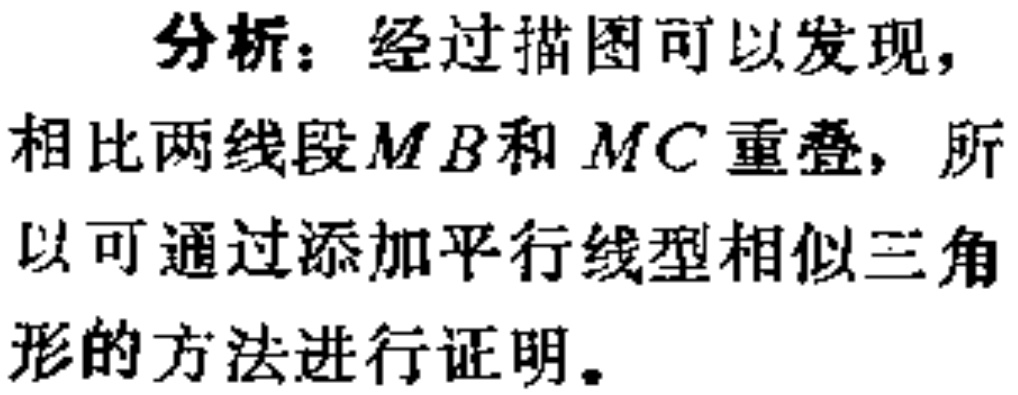
分析：经过描图可以发现，
相比两线段\(MB\)和\(MC\)重叠，所
以可通过添加平行线型相似三角
形的方法进行证明。